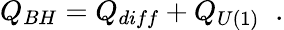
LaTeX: Q_{BH}=Q_{diff}+Q_{U(1)}\; \; .